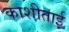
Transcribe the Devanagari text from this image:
काशीताई